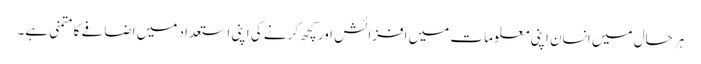
ہر حال میں انسان اپنی معلومات میں افزائش اور کچھ کرنے کی اپنی استعداد میں اضافے کا متمنی ہے۔